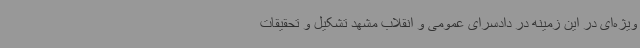
ویژه‌ای در این زمینه در دادسرای عمومی و انقلاب مشهد تشکیل و تحقیقات